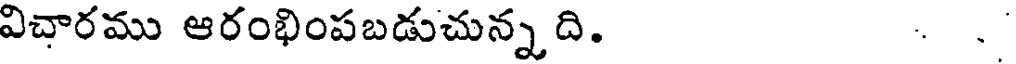
విచారము ఆరంభింపబడుచున్న ది. .